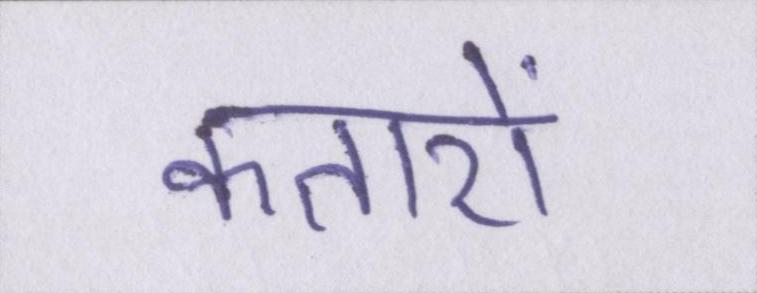
कतारों